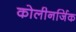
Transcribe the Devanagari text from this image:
कोलीनर्जिक